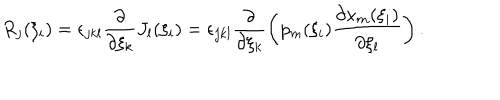
R _ { j } ( \xi _ { i } ) = \epsilon _ { j k l } \frac { \partial } { \partial \xi _ { k } } J _ { l } ( \xi _ { i } ) = \epsilon _ { j k l } \frac { \partial } { \partial \xi _ { k } } \left( p _ { m } ( \xi _ { i } ) \frac { \partial x _ { m } ( \xi _ { i } ) } { \partial \xi _ { l } } \right) .